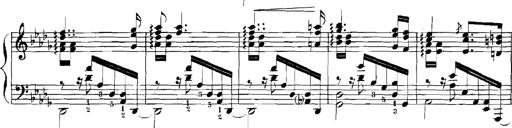
Title: Rhapsodies hongroises
Composer: Franz Liszt